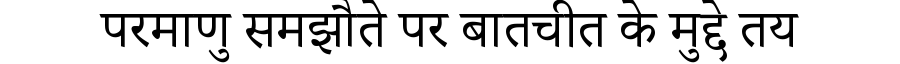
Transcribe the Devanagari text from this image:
परमाणु समझौते पर बातचीत के मुद्दे तय